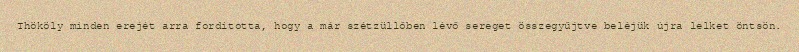
Thököly minden erejét arra fordította, hogy a már szétzüllőben lévő sereget összegyűjtve beléjük újra lelket öntsön.